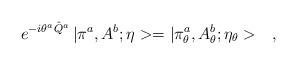
LaTeX: \begin{align*}e^{-i\theta^a\hat{Q}^a}\,|\pi^a,A^b;\eta>=|\pi^a_\theta,A^b_\theta;\eta_\theta>\ \ \ ,\end{align*}